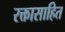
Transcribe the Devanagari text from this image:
रक्तासाहित